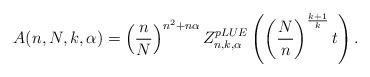
LaTeX: \begin{align*}A(n,N,k,\alpha)= \left(\frac{n}{N}\right)^{n^2+n\alpha}Z_{n,k,\alpha}^{pLUE} \left(\left(\frac{N}{n}\right)^{\frac{k+1}{k}} t\right).\end{align*}